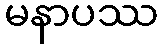
မနာပဿ